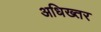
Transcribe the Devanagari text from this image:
अधिख्तर